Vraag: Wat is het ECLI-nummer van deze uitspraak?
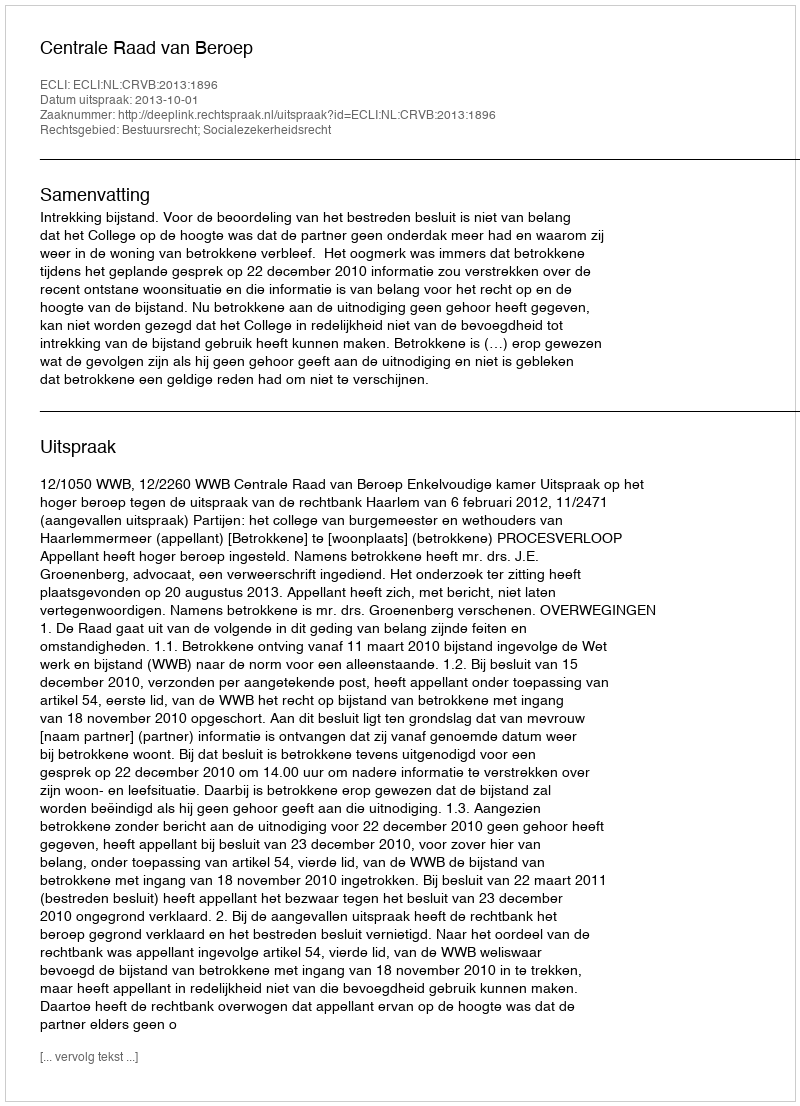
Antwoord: ECLI:NL:CRVB:2013:1896